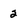
Character: 2